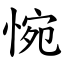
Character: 惋